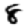
Digit: 8